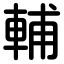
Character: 輔